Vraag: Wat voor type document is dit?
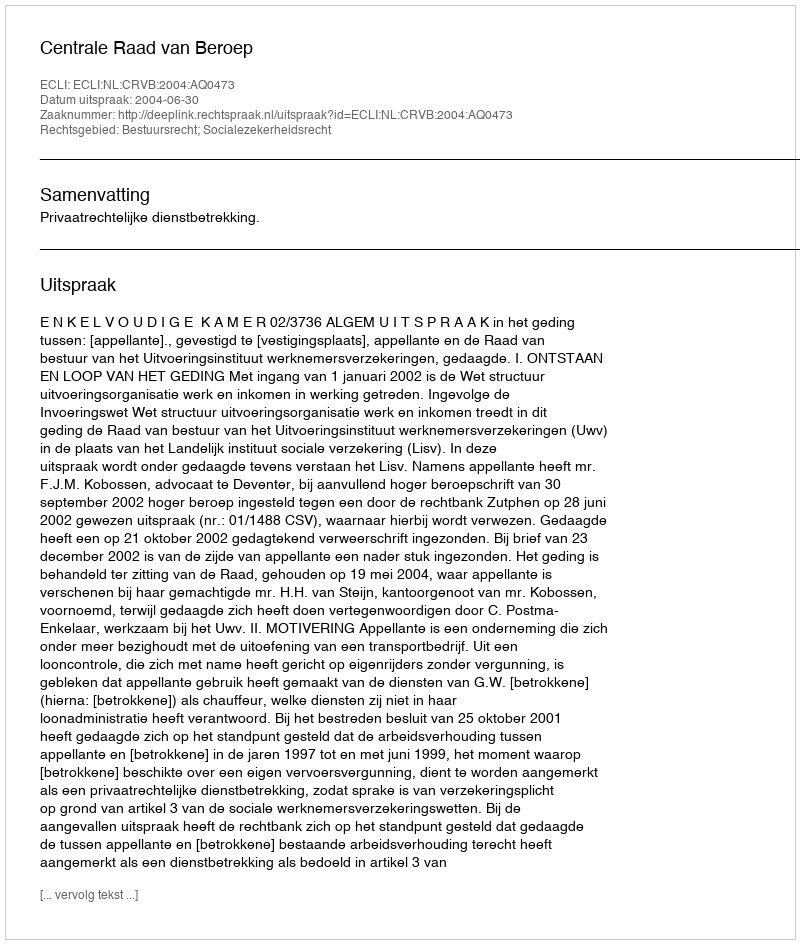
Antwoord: Uitspraak